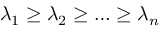
\lambda _ { 1 } \ge \lambda _ { 2 } \ge \dots \ge \lambda _ { n }